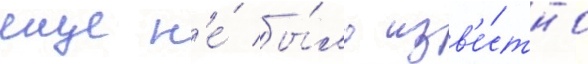
еще н'е́ бы́ло изв'е́стно